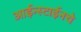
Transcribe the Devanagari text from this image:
आईन्स्टाईनचे